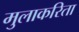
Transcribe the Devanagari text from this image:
मुलाकरिता